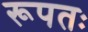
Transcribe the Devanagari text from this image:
रूपतः